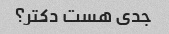
جدی هست دکتر؟